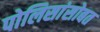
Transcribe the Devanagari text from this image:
पोलिसांसोबत